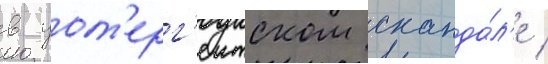
в уот'ерг'еитском сканда́л'е /